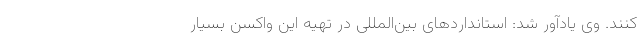
کنند. وی یادآور شد: استانداردهای بین‌المللی در تهیه این واکسن بسیار